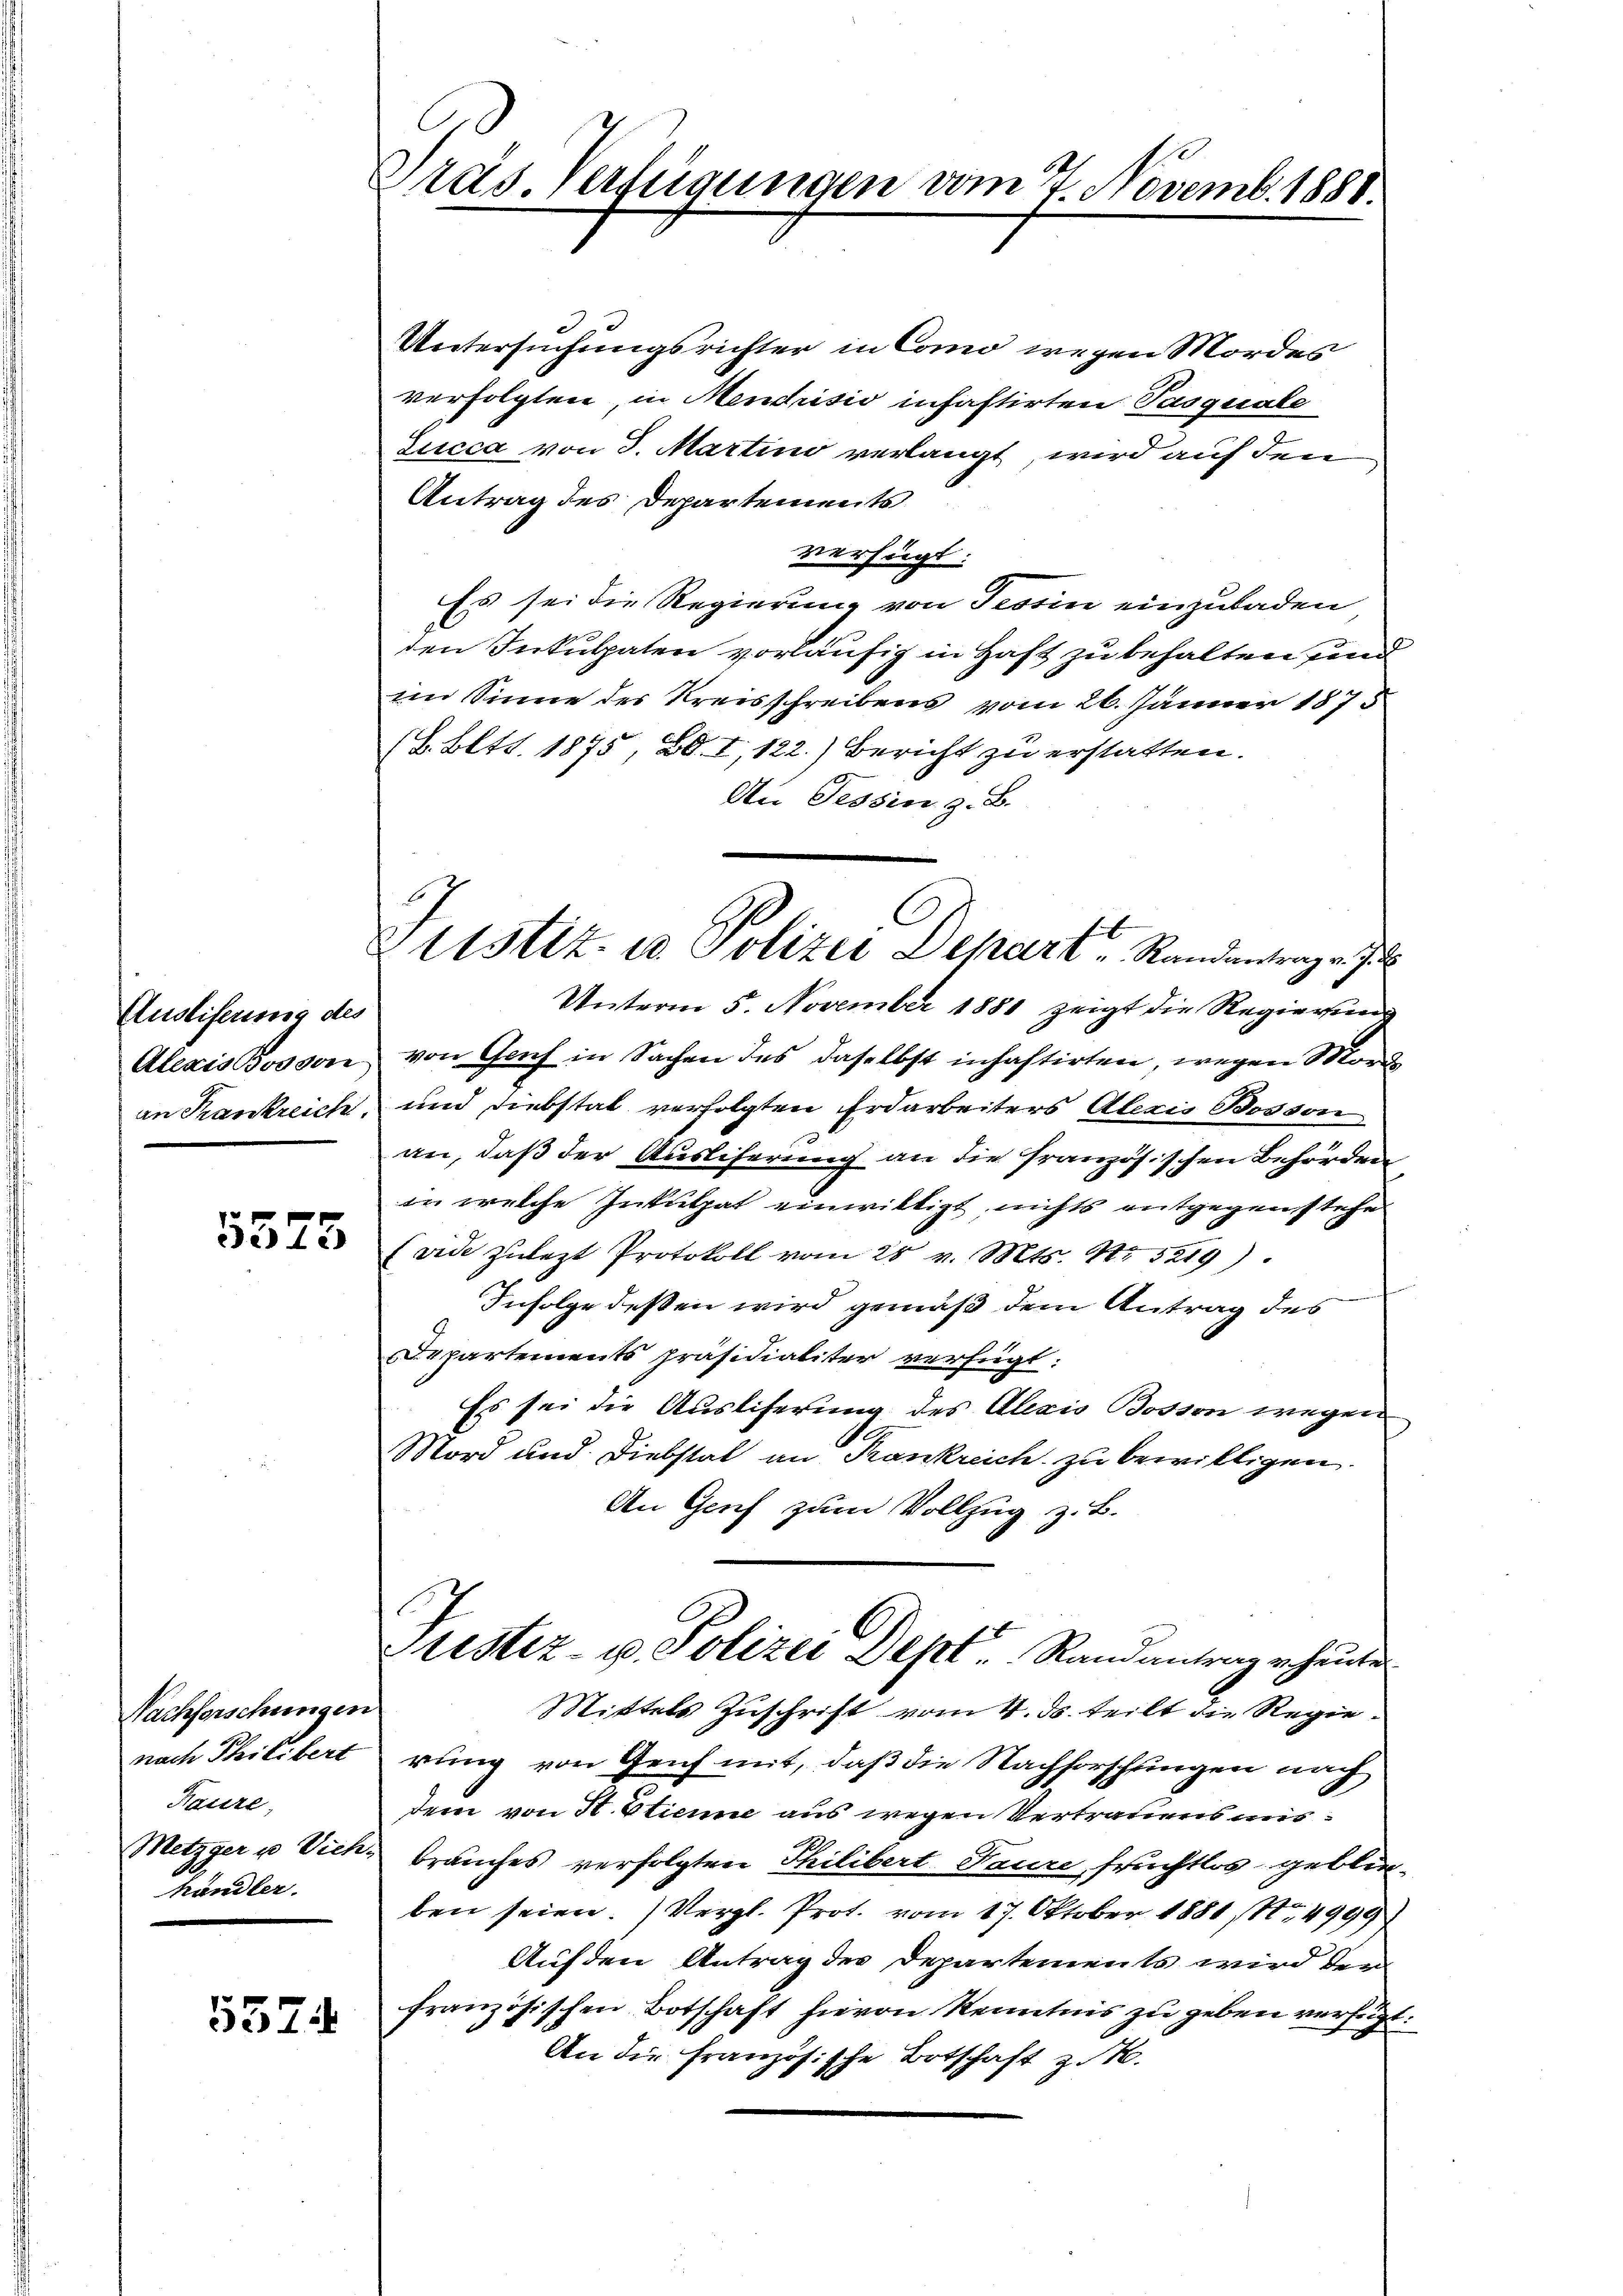
Ausliferung des
Aleris Bosson
an Frankreich

5575

Nachforschungen.
nach Philibert
Rasire,
händler.

537

1.
Präs. Verfügungen vom 7. Novemb. 1881.

g
Pitstiz- u. Polizei Depart Randantrag v. J.

Untersuchungsrichter in Como wegen Mordes
verfolgten, in Mendrisio inhaftirten Pasquale
Lucca von 3. Martino verlangt, wird auf den
Antrag des Departements
verfügt:
Es sei die Regierung von Tessin einzuladen
den Inkulpaten vorläufig in Hast zu behalten und
im Sinne des Kreisschreibens vom 26. Jänner 1875
(L. Bett. 1875, Bd. I, 122.) Bericht zu erstatten.
An Tessin z. B.
Unterm 5. November 1881 zeigt die Regierung
von Graf in Sachen des daselbst inhaftirten, wegen Man
und Diebstat verfolgten Erdarbeiters Alexis Bosson
an, daß der Ausliferung an die französischen Behörden
in welche Inkulpat einwilligt, nichts entgegenstehe
Evide zuletzt Protokoll vom 28 v. Mts. S. 5219).
Infolge dessen wird gemäß dem Antrag des
Departements präsidialiter verfügt:
Es sei die Ausliferung des Alexis Bossen wegen
Mord und Diebstal an Frankreich zu bewilligen.
An Genf zum Vollzug z. B.
e
Stestiz- u. Polizei Dept. Randantrag verhause
Mittels Zuschrift vom 4. ds. teilt die Regierung von Genf mit, daß die Nachforschungen nach
dem von H. Etienne aus wegen Vertrauens mis¬
Metzger u Vieh brauches verfolgten Philibert Taure, fruchtlos geblie
ben seien. Vergl. Prot. vom 17. Oktober 1881 No 4999
Auf den Antrag des Departements wird dem
französischen Botschaft hievon Kenntnis zu geben verfüg
An die französische Botschaft z. B.